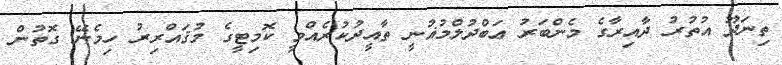
ތިނަދޫ އުތުރު ދާއިރާގެ މެންބަރު ޢަބްދުލްމުޣުނީ ތާއީދުކުރެއްވީ ކޮމިޓީގެ މުޤައްރިރު ހިމެނޭ ގޮތުން